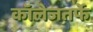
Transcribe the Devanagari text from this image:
कॉलेजतर्फे